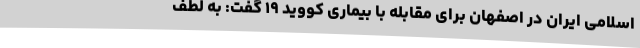
اسلامی ایران در اصفهان برای مقابله با بیماری کووید ۱۹ گفت: به لطف